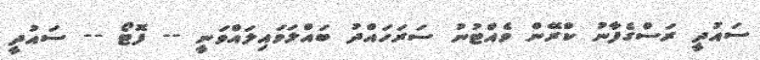
ސައުދީ ރަސްގެފާނު ކްރޭން ވެއްޓުނު ސަރަހައްދު ބައްލަވައިލައްވަނީ -- ފޮޓޯ -- ސައުދީ